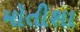
મોતીશા